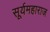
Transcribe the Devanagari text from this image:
सूर्यमहाराज